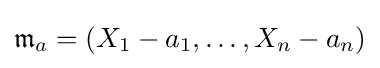
{\mathfrak {m}}_{a}=(X_{1}-a_{1},\ldots ,X_{n}-a_{n})